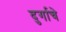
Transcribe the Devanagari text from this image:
दुर्गाचे